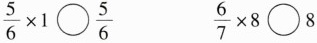
$$\frac{5}{6}\times 1 \bigcirc \frac{5}{6}$$ $$\frac{6}{7}\times 8 \bigcirc 8 $$